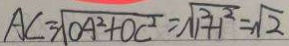
A C = \sqrt { O A ^ { 2 } + O C ^ { 2 } } = \sqrt { 1 ^ { 2 } + 1 ^ { 2 } } = \sqrt { 2 }